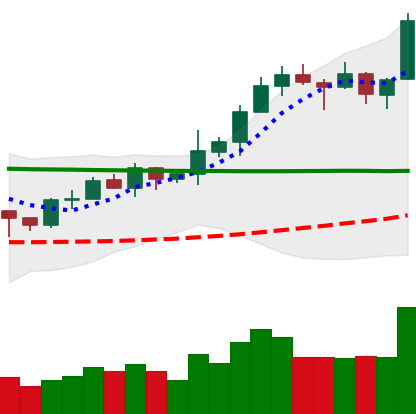
Ticker: XRP-USD
Chart end date: 2020-02-12
Forward return: -5.855%
Label: down_5_7